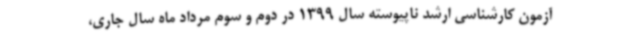
آزمون کارشناسی ارشد ناپیوسته سال 1399 در دوم و سوم مرداد ماه سال جاری،